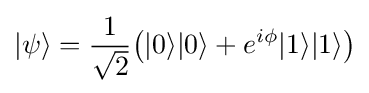
|\psi \rangle ={\frac {1}{\sqrt {2}}}{\big (}|0\rangle |0\rangle +e^{i\phi }|1\rangle |1\rangle {\big )}